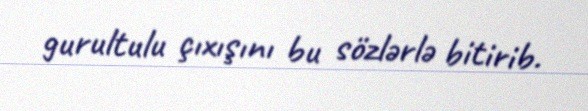
gurultulu çıxışını bu sözlərlə bitirib.